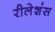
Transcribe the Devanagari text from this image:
रीलेशंस